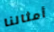
أمثالنا